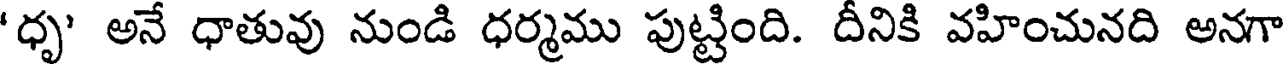
'ధృ' అనే ధాతువు నుండి ధర్మము పుట్టింది. దీనికి వహించునది అనగా